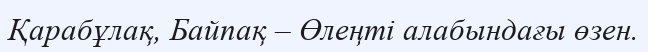
Қарабұлақ, Байпақ – Өлеңті алабындағы өзен.